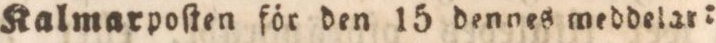
Kalmarpoſten för den 15 dennes meddelar: